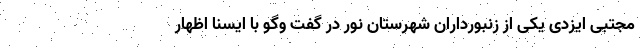
مجتبی ایزدی یکی از زنبورداران شهرستان نور در گفت وگو با ایسنا اظهار